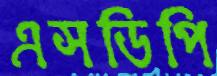
এসডিপি